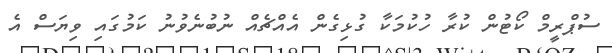
ސުޕްރީމް ކޯޓުން ކުރާ ހުކުމަކާ ގުޅިގެން އެއްޗެއް ނުބުނެވުނު ކަމުގައި ވިޔަސް އެ